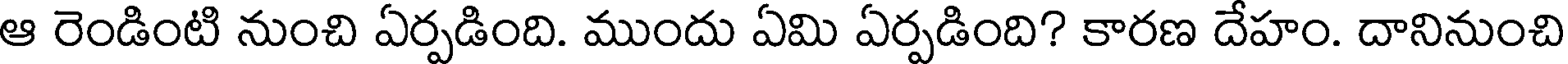
ఆ రెండింటి నుంచి ఏర్పడింది. ముందు ఏమి ఏర్పడింది? కారణ దేహం. దానినుంచి